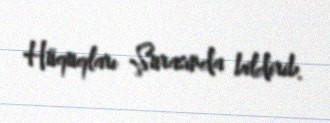
Hüquqları Şurasında bildirib.